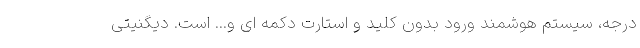
درجه، سیستم هوشمند ورود بدون کلید و استارت دکمه ای و... است. دیگنیتی